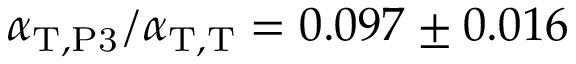
\alpha _ { \mathrm { T } , \mathrm { P 3 } } / \alpha _ { \mathrm { T } , \mathrm { T } } = 0 . 0 9 7 \pm 0 . 0 1 6